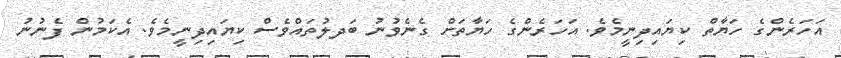
އަހަރެންގެ ހަޔާތް ކިޔައިދިނީމެވެ. އަހަރެންގެ ހަޔާތަށް ގެނެވުނު ބަދލުތައްވެސް ކިޔައިދިނީމެވެ. އެކަމުން ފެނުނު